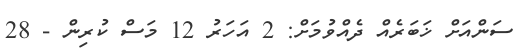
ސަންއަށް ޚަބަރެއް ދެއްވުމަށް: 2 އަހަރު 12 މަސް ކުރިން - 28